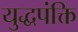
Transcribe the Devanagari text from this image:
युद्धपंक्ति